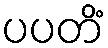
ပပတိံ